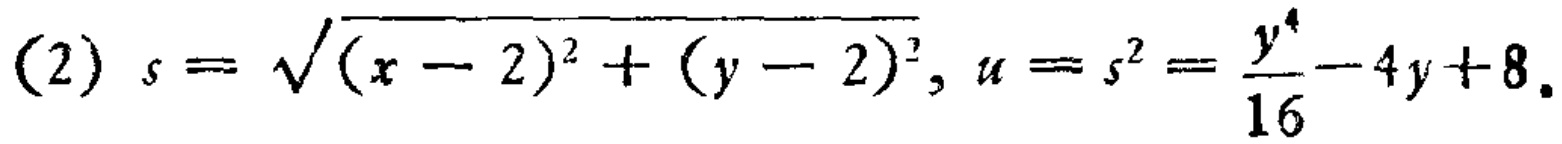
(2) \(s = \sqrt{(x - 2)^{2}+(y - 2)^{2}}, u = s^{2}=\frac{y^{4}}{16}-4y + 8\).